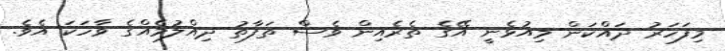
މިފަހަރު ދައްކަން މިއުޅެނީ އޭގެ ތެރެއިން ވެސް ތަފާތު ދިއްލުމެއްގެ ވާހަކަ އެވެ.